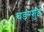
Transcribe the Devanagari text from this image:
चङ्ग्शुई